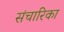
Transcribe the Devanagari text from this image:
संचारिका